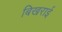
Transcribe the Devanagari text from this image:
बिखराई